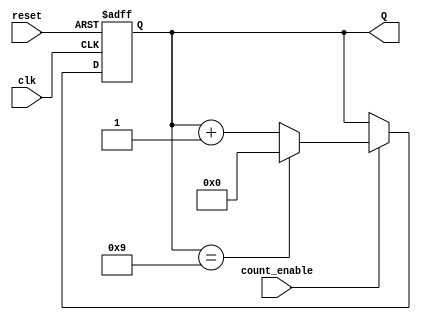
module decade_asynchronous_counter (
    input wire reset,      // Active high reset signal
    input wire count_enable, // Enable signal to count
    input wire clk,       // Input signal to trigger counting
    output reg [3:0] Q    // 4-bit output representing the count
);

// Asynchronous reset and counting logic
always @(posedge clk or posedge reset) begin
    if (reset) begin
        Q <= 4'b0000; // Reset the counter to 0
    end else if (count_enable) begin
        if (Q == 4'b1001) begin
            Q <= 4'b0000; // Reset to 0 when reaching 10 (1010)
        end else begin
            Q <= Q + 1; // Increment the counter
        end
    end
end

endmodule